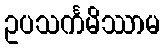
ဥပသင်္ကမိဿာမ